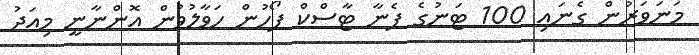
މަނަވަރުުން ގެނައި 100 ޓަނުގެ ފެނާ ޓާސްކް ފޯހުން ހަވާލުވުން އޮންނާނީ މިއަދު